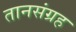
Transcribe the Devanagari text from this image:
तानसंग्रह